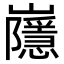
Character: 𡾯